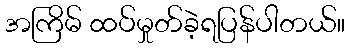
အကြိမ် ထပ်မှုတ်ခဲ့ရပြန်ပါတယ်။